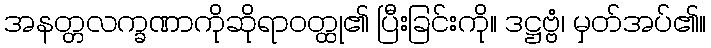
အနတ္တလက္ခဏာကိုဆိုရာဝတ္ထု၏ ပြီးခြင်းကို။ ဒဋ္ဌဗ္ဗံ၊ မှတ်အပ်၏။